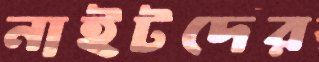
নাইটদের